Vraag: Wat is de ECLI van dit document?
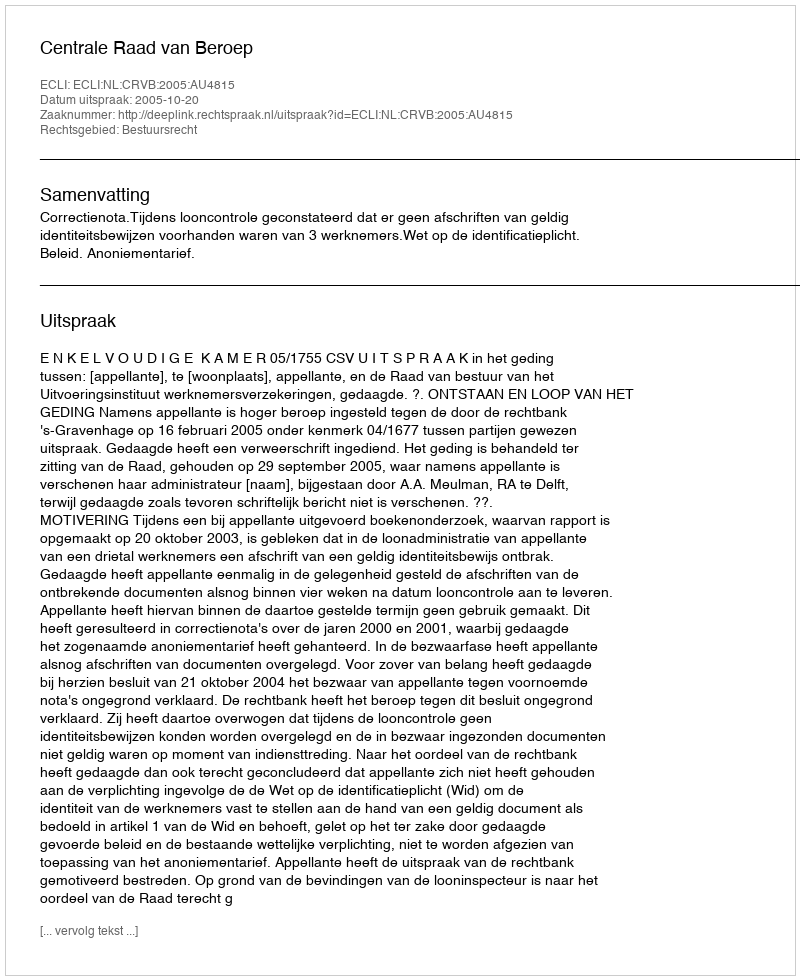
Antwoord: ECLI:NL:CRVB:2005:AU4815